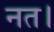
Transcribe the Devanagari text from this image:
नत।